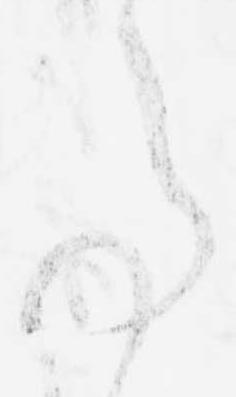
事